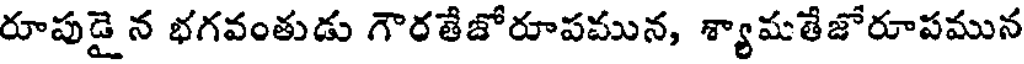
రూపుడై న భగవంతుడు గౌరతేజోరూపమున, శ్యాషతేజోరూపమున